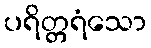
ပရိတ္တရံသော